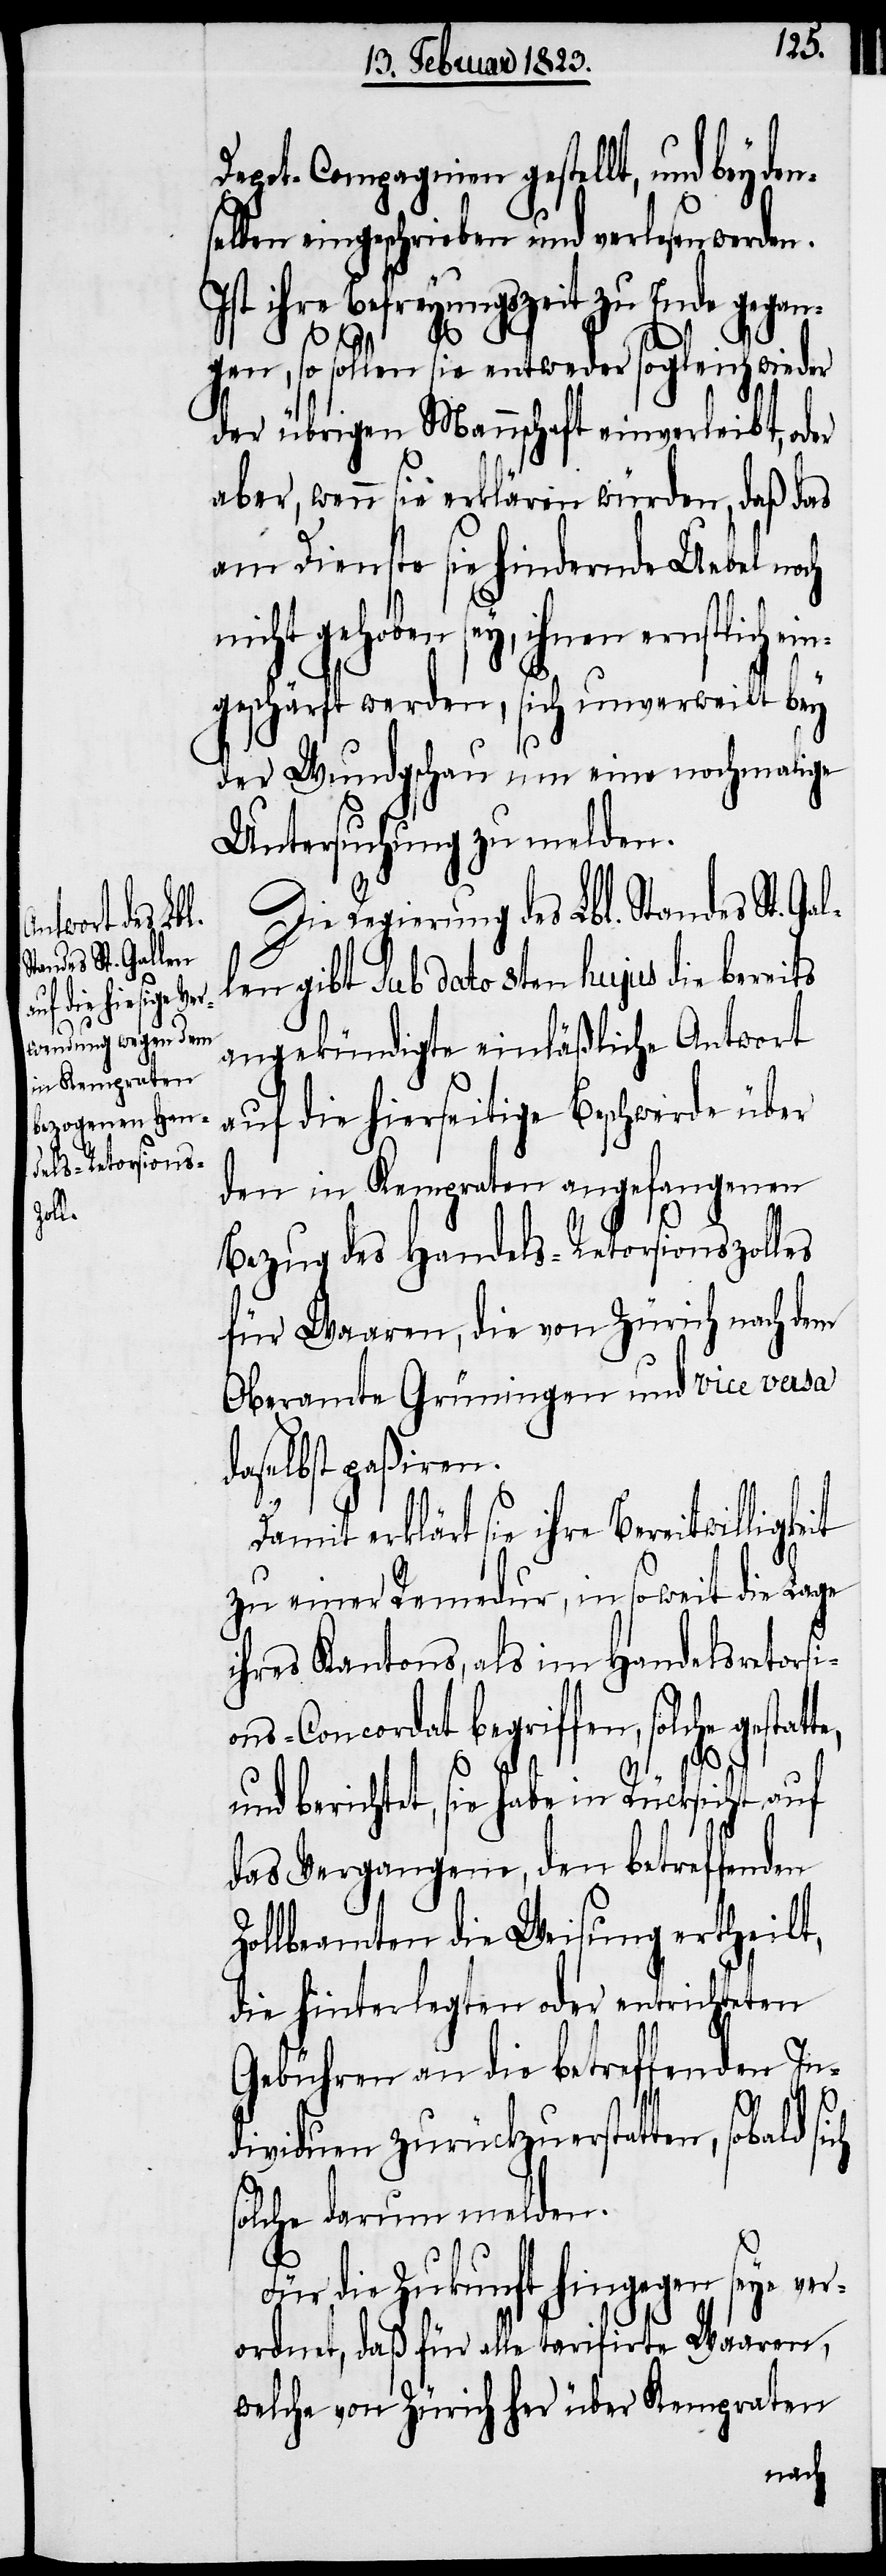
Gall¬

Depot-Compagnien gestellt, und bey
selben eingeschrieben und verlesen werden.
Ist ihre Befreyungszeit zu Ende gegan¬
gen, so sollen sie entweder sogleich wieder
der übrigen Mannschaft einverleibt, o¬
aber, wenn sie erklären würden, daß das
am Dienste sie hindernde Uebel noch
nicht gehoben sey, ihnen ernstlich ei¬
ngeschärft werden, sich unverweilt bey
der Wundgschau um eine nochmalige
Untersuchung zu melden.
Die Regierung des Lbl. Standes St.
en gibt Sub dato 8ten hujus die bereits
angekündigte einläßliche Antwort
auf die hierseitige Beschwerde über
den in Kempraten angefangenen
Bezug des Handels-Retorsionszolles
für Waaren, die von Zürich nach dem
Oberamte Grüningen und vice versa
daselbst paßiren.
Damit erklärt sie ihre Bereitwilli¬
zu einer Remedur, in soweit die Lage
ihres Kantons, als im Handelsretorsi¬
ons-Concordat begriffen, solche gestat¬
te,
gkeit
und berichtet, sie habe in Rücksicht auf
das Vergangene, den betreffenden
Zollbeamten die Weisung ertheilt,
die hinterlegten oder entrichteten
Gebühren an die betreffenden In¬
dividuen zurückzuerstatten, sobald sich
solche darum melden.
Für die Zukunft hingegen seye ver¬
ordnet, daß für alle tarifirte Waaren,
welche von Zürich her über Kempraten